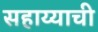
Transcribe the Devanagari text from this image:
सहाय्याची